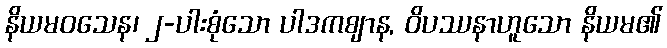
နိယမဝသေန၊ ၂-ပါးစုံသော ပါဒကဈာန, ဝိပဿနာဟူသော နိယမ၏